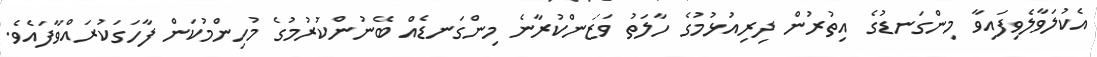
އެކުލަވާލެވިފައިވާ މިންގަނޑުގެ އިތުރުން ދިރިއުޅުމުގެ ހާލަތު ވަޒަންކުރާނެ މިންގަނޑެއް ބޭނުންކުރުމުގެ މުހިންމުކަން ފާހަގަކުރައްވާފައެވެ.